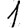
Digit: 1